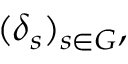
( \delta _ { s } ) _ { s \in G } ,